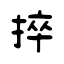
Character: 捽